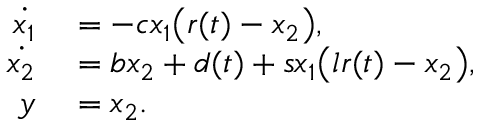
\begin{array} { r l } { \dot { x _ { 1 } } } & { { } = - c x _ { 1 } \big ( r ( t ) - x _ { 2 } \big ) , } \\ { \dot { x _ { 2 } } } & { { } = b x _ { 2 } + d ( t ) + s x _ { 1 } \big ( l r ( t ) - x _ { 2 } \big ) , } \\ { y } & { { } = x _ { 2 } . } \end{array}